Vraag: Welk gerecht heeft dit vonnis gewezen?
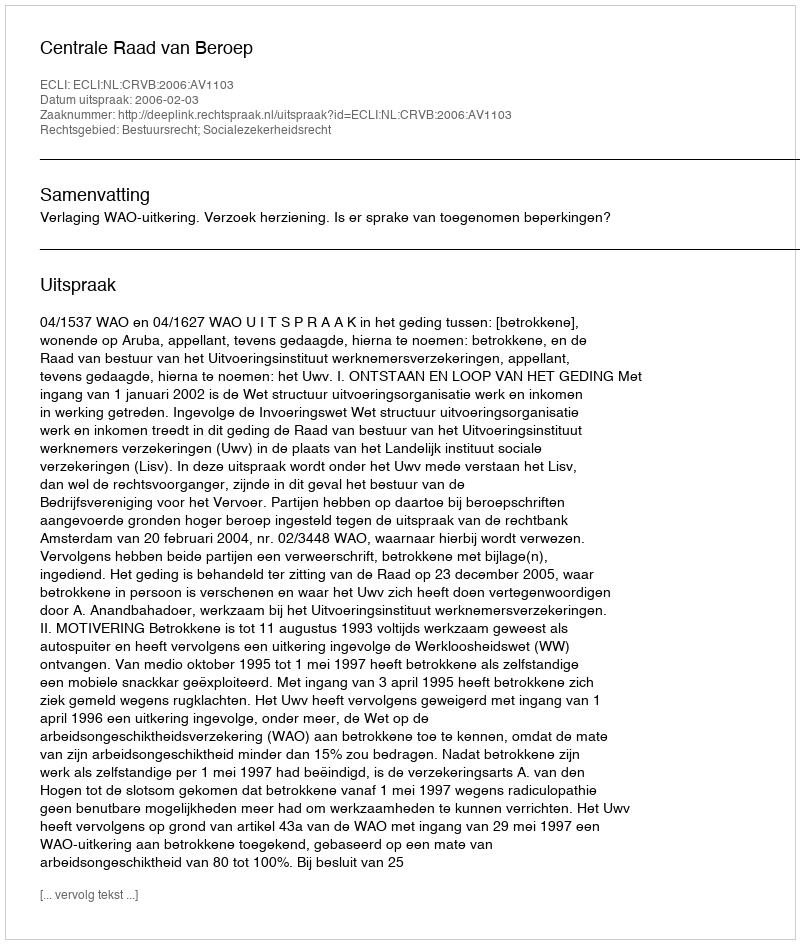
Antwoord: Centrale Raad van Beroep